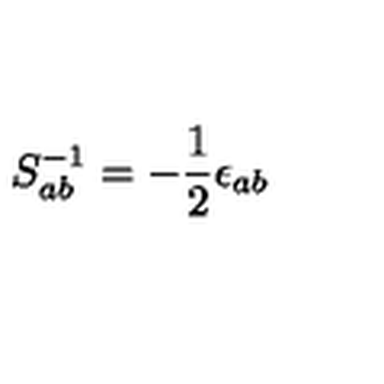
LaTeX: S _ { a b } ^ { - 1 } = - \frac { 1 } { 2 } \epsilon _ { a b }